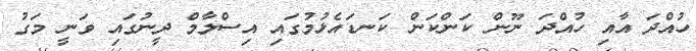
ހުއްދަ އާއި ހުއްދަ ނޫން ކަންކަން ކަނޑައެޅުމުގައި އިސްލާމް ދީނުގައި ވަނީ މަގު